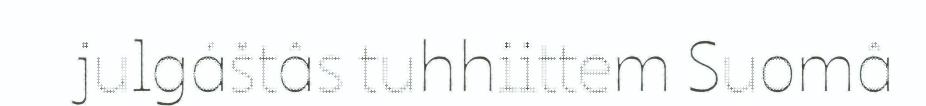
julgáštâs tuhhiittem Suomâ